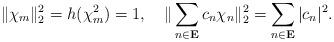
LaTeX: \begin{align*}\|\chi_{m}\|_{2}^{2}=h(\chi_{m}^{2})=1,\quad\|\sum_{n\in\mathbf{E}}c_{n}\chi_{n}\|_{2}^{2}=\sum_{n\in\mathbf{E}}|c_{n}|^{2}.\end{align*}